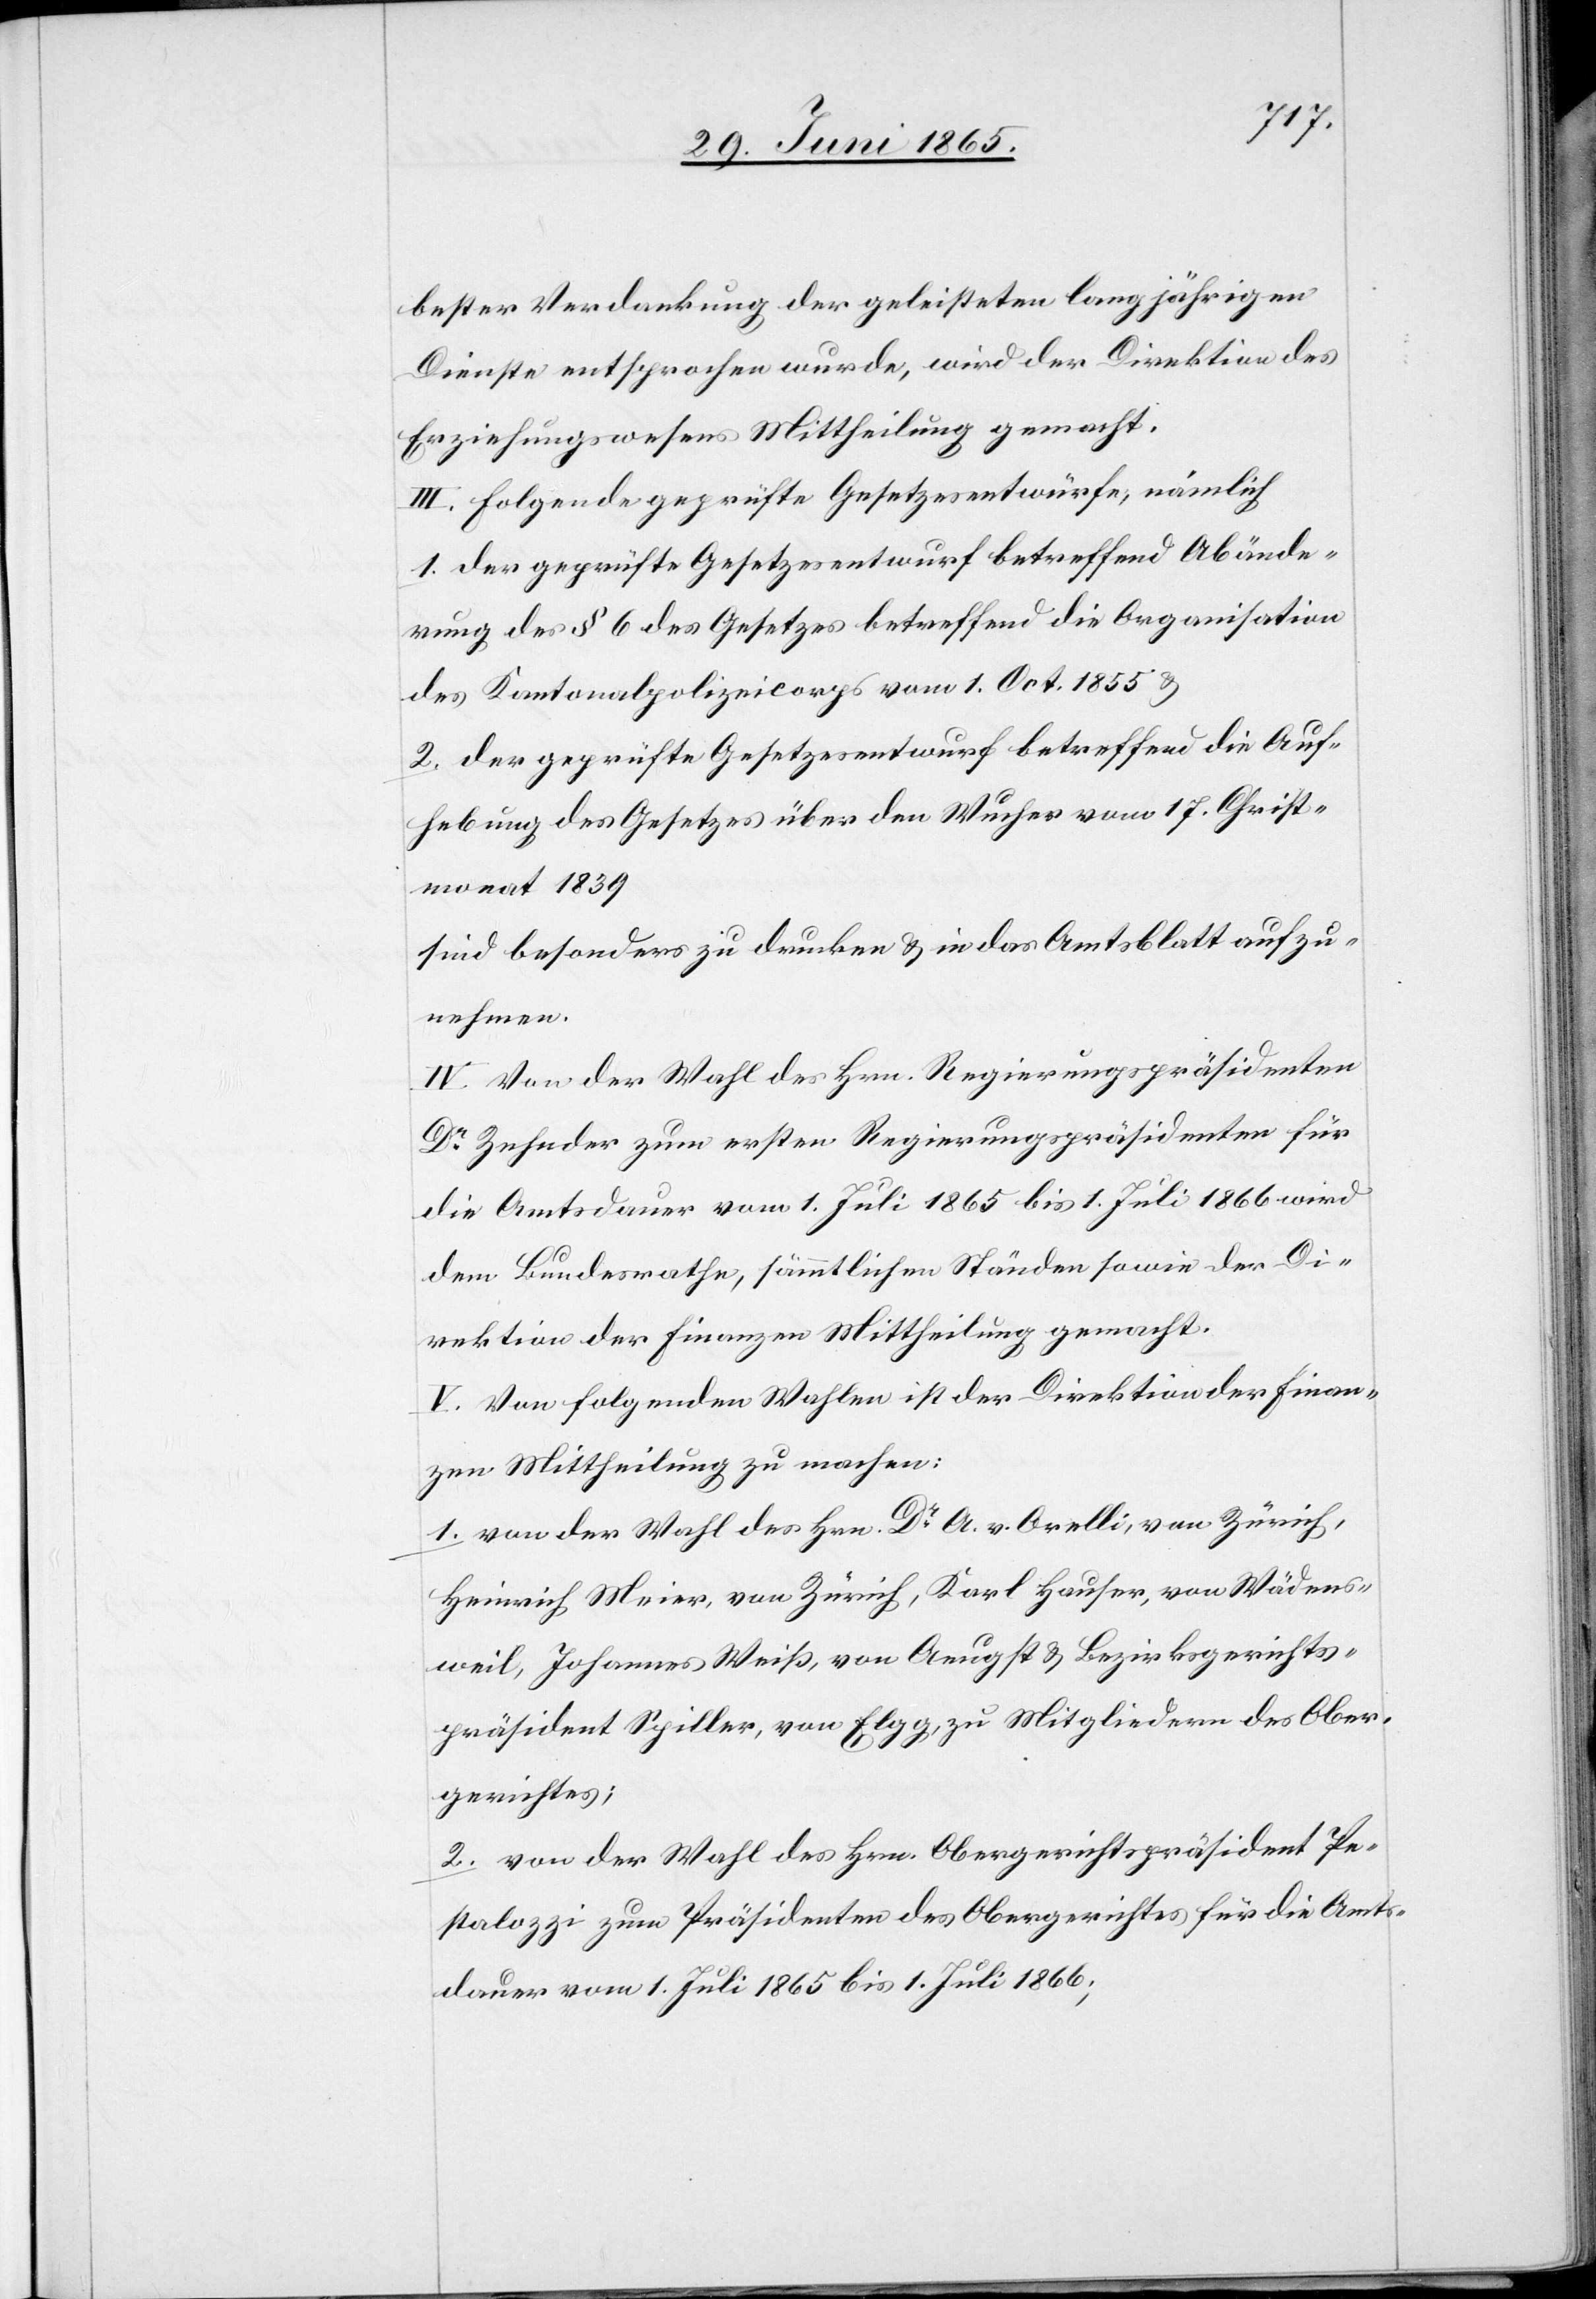
bester Verdankung der geleisteten langjährigen
Dienste entsprochen wurde, wird der Direktion des
Erziehungswesens Mittheilung gemacht.
III. Folgende geprüfte Gesetzesentwürfe, nämlich
1. Der geprüfte Gesetzesentwurf betreffend Abände¬
rung des § 6 des Gesetzes betreffend die Organisation
des Kantonalpolizeicorps vom 1. Oct. 1855 &
2. der geprüfte Gesetzesentwurf betreffend die Auf¬
hebung des Gesetzes über den Wucher vom 17. Christ¬
monat 1839
sind besonders zu drucken & in das Amtsblatt aufzu¬
nehmen.
IV. Von der Wahl des Hrn. Regierungspräsidenten
Dr Zehnder zum ersten Regierungspräsidenten für
die Amtsdauer vom 1. Juli 1865 bis 1. Juli 1866 wird
dem Bundesrathe, sämmtlichen Ständen sowie der Di¬
rektion der Finanzen Mittheilung gemacht.
V. Von folgenden Wahlen ist der Direktion der Finan¬
zen Mittheilung zu machen:
1. von der Wahl des Hrn. Dr A. v. Orelli, von Zürich,
Heinrich Meier, von Zürich, Karl Hauser, von Wädens¬
weil, Johannes Weiß, von Aeugst & Bezirksgerichts¬
präsident Spiller, von Elgg, zu Mitgliedern des Ober¬
gerichtes;
2. von der Wahl des Hrn. Obergerichtspräsident Pe¬
stalozzi zum Präsidenten des Obergerichtes für die Amts¬
dauer vom 1. Juli 1865 bis 1. Juli 1866;